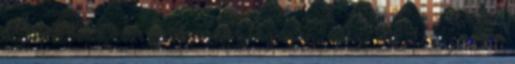
fel, akkor is csak részlegesen. Az NRL az 1960